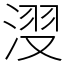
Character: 𣷺